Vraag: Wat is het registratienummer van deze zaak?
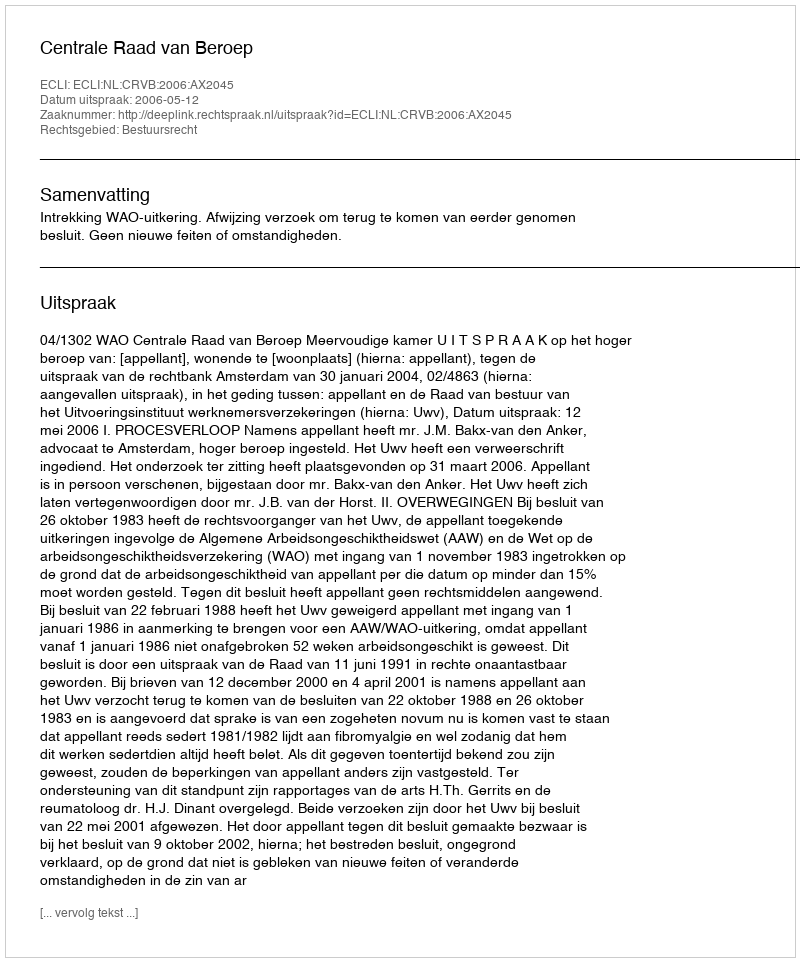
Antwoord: http://deeplink.rechtspraak.nl/uitspraak?id=ECLI:NL:CRVB:2006:AX2045